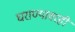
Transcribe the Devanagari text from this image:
घराण्यावरही